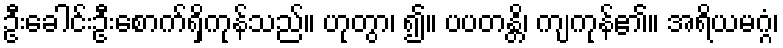
ဦးခေါင်းဦးစောက်ရှိကုန်သည်။ ဟုတွာ၊ ၍။ ပပတန္တိ၊ ကျကုန်၏။ အရိယမဂ္ဂံ၊